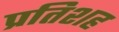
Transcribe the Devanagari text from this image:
प्रतिशह